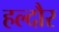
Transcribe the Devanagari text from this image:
हल्दौर